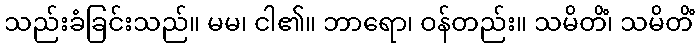
သည်းခံခြင်းသည်။ မမ၊ ငါ၏။ ဘာရော၊ ဝန်တည်း။ သမိတိံ၊ သမိတိံ